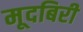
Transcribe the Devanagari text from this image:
मूदबिरी